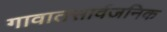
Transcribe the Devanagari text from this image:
गावातसार्वजनिक